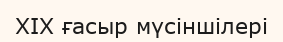
XIX ғасыр мүсіншілері